Vaccination in Burma 1920-1933 - 1920-1933
Year: 1920
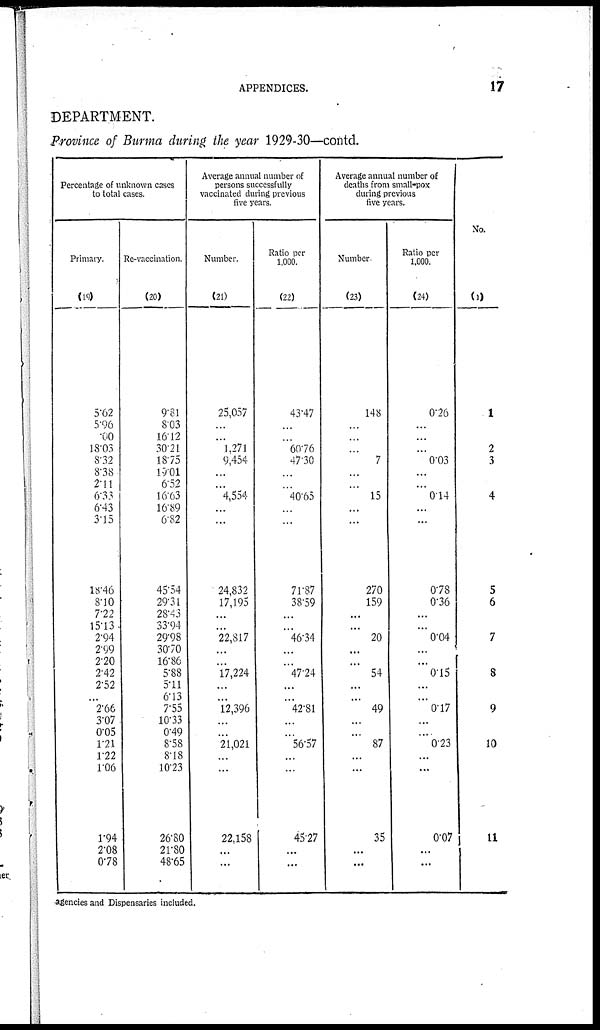
APPENDICES.
17
DEPARTMENT.
Province of Burma during the year 1929-30—contd.
Percentage of unknown cases
to total cases.
Primary.
(19)
5.62
5.96
.00
18.03
8.32
8.38
2.11
6.33
6.43
3.15
18.46
8.10
7.22
15.13
2.94
2.99
2.20
2.42
2.52
...
2.66
3.07
0.05
1.21
122
1.06
1.94
2.08
0.78
Re-vaccination.
(20)
9.81
8.03
16.12
30.21
18.75
19.01
6.52
16.63
16.89
6.82
45.54
29.31
28.43
33.94
29.98
30.70
16.86
5.88
5.11
6.13
7.55
10.33
0.49
8.58
8.18
10.23
26.80
21.80
48.65
Average annual number of
persons successfully
vaccinated during previous
five years.
Number.
(21)
25,057
...
...
1,271
9,454
...
...
4,554
...
...
24,832
17,195
...
...
22,817
...
...
17,224
...
...
12,396
...
...
21,021
...
...
22,158
...
...
Ratio per
1,000.
(22)
43.47
...
...
60.76
47.30
...
...
40.65
...
...
71.87
38.59
...
...
46.34
...
...
47.24
...
...
42.81
...
...
56.57
...
...
45.27
...
...
Average annual number of
deaths from small-pox
during previous
five years.
Number
(23)
148
...
...
...
7
...
...
15
...
...
270
159
...
...
20
...
...
54
...
...
49
...
...
87
...
...
35
...
...
Ratio per
1,000.
(24)
0.26
...
...
...
0.03
...
...
0.14
...
...
0.78
0.36
...
...
0.04
...
...
0.15
...
...
0.17
...
...
0.23
...
...
0.07
...
...
No.
(1)
1
2
3
4
5
6
7
8
9
10
11
agencies and Dispensaries included.